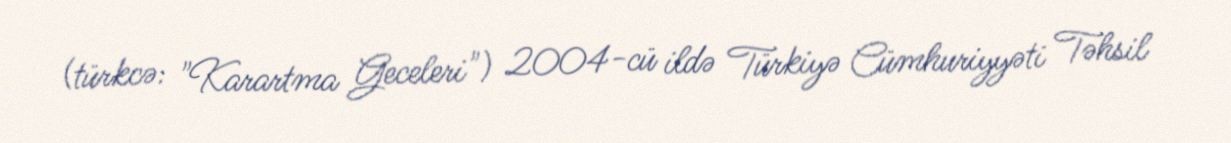
(türkcə: "Karartma Geceleri") 2004-cü ildə Türkiyə Cümhuriyyəti Təhsil